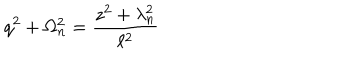
q ^ { 2 } + \Omega _ { n } ^ { 2 } = \frac { z ^ { 2 } + \lambda _ { n } ^ { 2 } } { \ell ^ { 2 } }